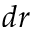
d r